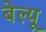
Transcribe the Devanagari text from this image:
बेल्यू